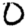
Digit: 0